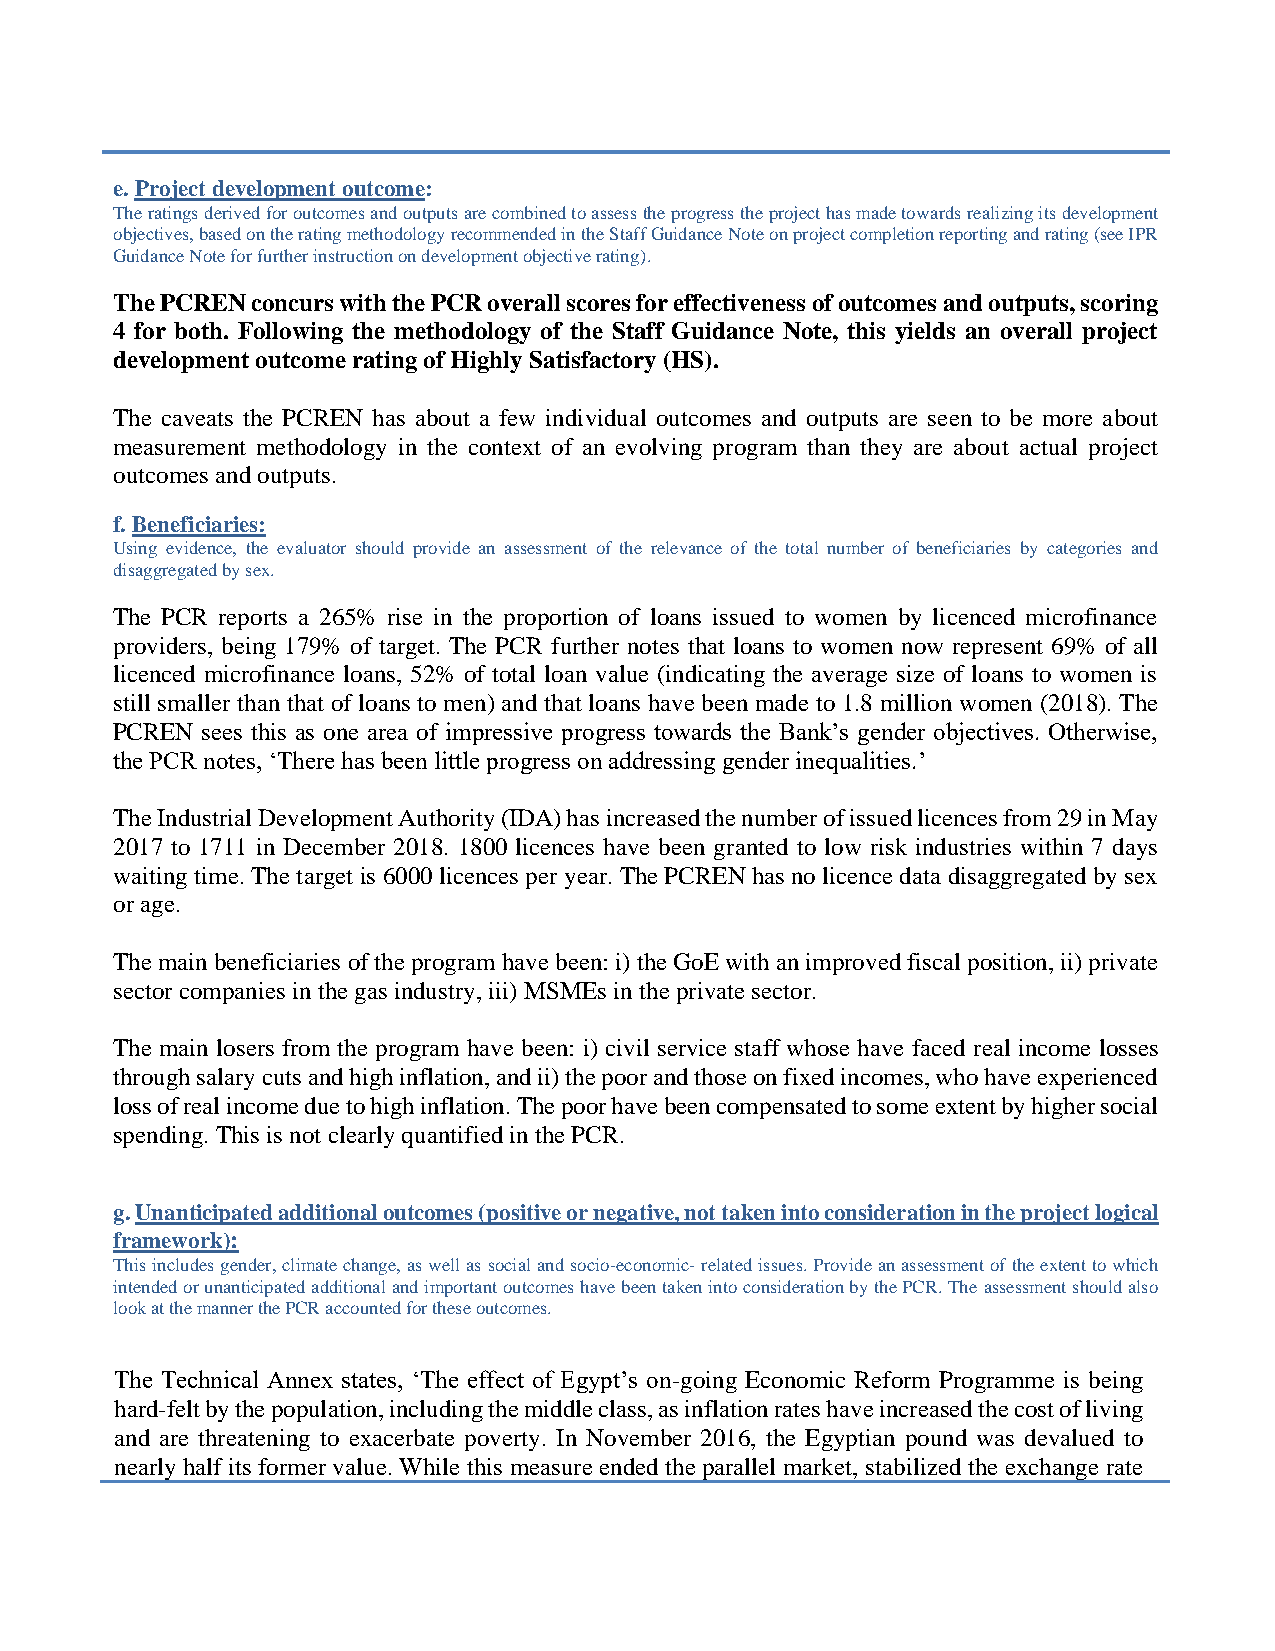
e. Project development outcome:
 The ratings derived for outcomes and outputs are combined to assess the progress the project has made towards realizing its development
 objectives, based on the rating methodology recommended in the Staff Guidance Note on project completion reporting and rating (see IPR
 Guidance Note for further instruction on development objective rating).
 The PCREN concurs with the PCR overall scores for effectiveness of outcomes and outputs, scoring
 4 for both. Following the methodology of the Staff Guidance Note, this yields an overall project
 development outcome rating of Highly Satisfactory (HS).
 The caveats the PCREN has about a few individual outcomes and outputs are seen to be more about
 measurement methodology in the context of an evolving program than they are about actual project
 outcomes and outputs.
 f. Beneficiaries:
 Using evidence, the evaluator should provide an assessment of the relevance of the total number of beneficiaries by categories and
 disaggregated by sex.
 The PCR reports a 265% rise in the proportion of loans issued to women by licenced microfinance
 providers, being 179% of target. The PCR further notes that loans to women now represent 69% of all
 licenced microfinance loans, 52% of total loan value (indicating the average size of loans to women is
 still smaller than that of loans to men) and that loans have been made to 1.8 million women (2018). The
 PCREN sees this as one area of impressive progress towards the Bank’s gender objectives. Otherwise,
 the PCR notes, ‘There has been little progress on addressing gender inequalities.’
 The Industrial Development Authority (IDA) has increased the number of issued licences from 29 in May
 2017 to 1711 in December 2018. 1800 licences have been granted to low risk industries within 7 days
 waiting time. The target is 6000 licences per year. The PCREN has no licence data disaggregated by sex
 or age.
 The main beneficiaries of the program have been: i) the GoE with an improved fiscal position, ii) private
 sector companies in the gas industry, iii) MSMEs in the private sector.
 The main losers from the program have been: i) civil service staff whose have faced real income losses
 through salary cuts and high inflation, and ii) the poor and those on fixed incomes, who have experienced
 loss of real income due to high inflation. The poor have been compensated to some extent by higher social
 spending. This is not clearly quantified in the PCR.
 g. Unanticipated additional outcomes (positive or negative, not taken into consideration in the project logical
 framework):
 This includes gender, climate change, as well as social and socio-economic- related issues. Provide an assessment of the extent to which
 intended or unanticipated additional and important outcomes have been taken into consideration by the PCR. The assessment should also
 look at the manner the PCR accounted for these outcomes.
 The Technical Annex states, ‘The effect of Egypt’s on-going Economic Reform Programme is being
 hard-felt by the population, including the middle class, as inflation rates have increased the cost of living
 and are threatening to exacerbate poverty. In November 2016, the Egyptian pound was devalued to
 nearly half its former value. While this measure ended the parallel market, stabilized the exchange rate